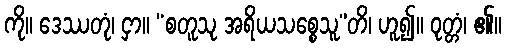
ကို။ ဒေဿတုံ၊ ငှာ။ “စတူသု အရိယသစ္စေသူ”တိ၊ ဟူ၍။ ဝုတ္တံ၊ ၏။